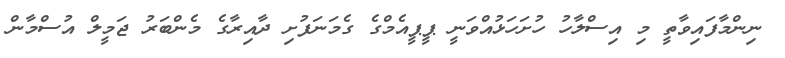
ނިންމާފައިވާތީ މި އިސްލާހު ހުށަހަޅުއްވަނީ ޕީޕީއެމްގެ ގެމަނަފުށި ދާއިރާގެ މެންބަރު ޖަމީލް އުސްމާން